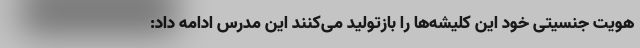
هویت جنسیتی خود این کلیشه‌ها را بازتولید می‌کنند این مدرس ادامه داد: